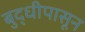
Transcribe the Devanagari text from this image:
बुद्धीपासून